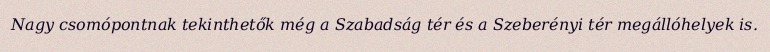
Nagy csomópontnak tekinthetők még a Szabadság tér és a Szeberényi tér megállóhelyek is.